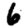
Digit: 6